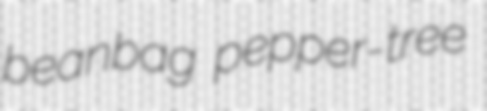
beanbag pepper-tree